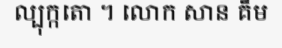
ល្បុក្កតោ ។ លោក សាន គឹម